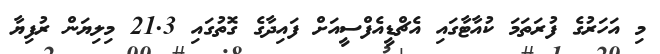
މި އަހަރުގެ ފުރަތަމަ ކުއާޓާގައި އެޗްޑީއެފްސީއަށް ފައިދާގެ ގޮތުގައި 21.3 މިލިޔަން ރުފިޔާ